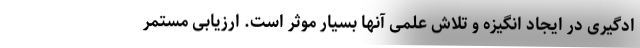
ادگیری در ایجاد انگیزه و تلاش علمی آنها بسیار موثر است. ارزیابی مستمر